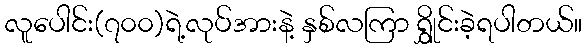
လူပေါင်း(၇၀၀)ရဲ့လုပ်အားနဲ့ နှစ်လကြာ ရွှိုင်းခဲ့ရပါတယ်။